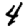
Digit: 4